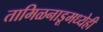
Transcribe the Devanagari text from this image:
तामिळनाडूमध्येही